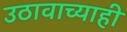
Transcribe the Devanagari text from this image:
उठावाच्याही